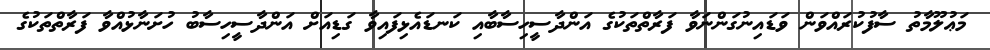
މަޢުލޫމާތު ސާފުކުރައްވަން ވަޑައިނުގަންނަވާ ފަރާތްތަކުގެ އަންދާސީހިސާބާއި ކަނޑައެޅިފައިވާ ގަޑިއަށް އަންދާސީހިސާބު ހުށަނާޅުއްވާ ފަރާތްތަކުގެ